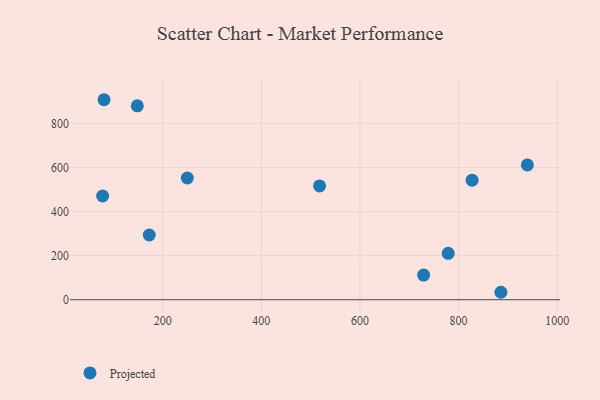
{"axis": {"x": "Study Hours", "y": "Fuel Efficiency"}, "legend": ["Projected"], "data": [{"x": "778.9", "y": 210.4, "type": "Projected"}, {"x": "939.5", "y": 612.0, "type": "Projected"}, {"x": "148.4", "y": 879.9, "type": "Projected"}, {"x": "81.0", "y": 907.7, "type": "Projected"}, {"x": "729.1", "y": 111.9, "type": "Projected"}, {"x": "78.1", "y": 470.7, "type": "Projected"}, {"x": "172.7", "y": 293.7, "type": "Projected"}, {"x": "249.9", "y": 552.5, "type": "Projected"}, {"x": "827.4", "y": 542.7, "type": "Projected"}, {"x": "518.1", "y": 516.4, "type": "Projected"}, {"x": "885.8", "y": 33.8, "type": "Projected"}]}